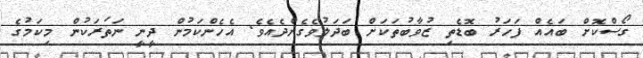
ގޯސްކޮށް ބައެއް ފަހަރު ބޮޑެތި ޒުވާބުތަކަށް ބަދަލުވެގެންދެއެވެ. އެހެންކަމުން ދީނީ ނަޡަރަކުން މިކަމުގެ